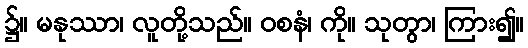
၌။ မနုဿာ၊ လူတို့သည်။ ဝစနံ၊ ကို။ သုတွာ၊ ကြား၍။